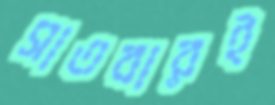
সাতবারই